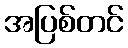
အပြစ်တင်